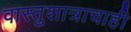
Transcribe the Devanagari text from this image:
वास्तुशात्राचाही